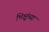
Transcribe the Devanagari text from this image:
भिक्षूंच्या